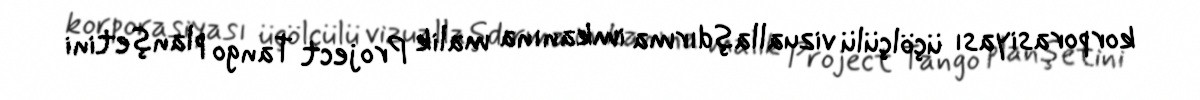
korporasiyası üçölçülü vizuallaşdırma imkanına malik Project Tango planşetini